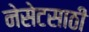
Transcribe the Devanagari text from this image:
नेसेटसाठी